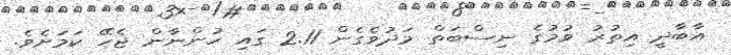
އާބާދީ އިތުރު ވުމުގެ ނިސްބަތް މަދުވެގެން 2.11 ގައި ހުންނާން ޖެހޭ ކަމަށެވެ.